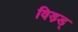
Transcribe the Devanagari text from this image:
विड़ड्